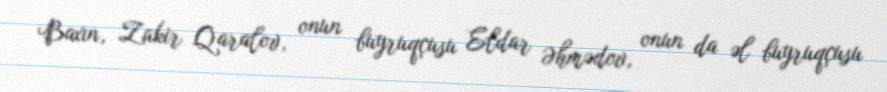
Baxın, Zakir Qaralov, onun buyruqçusu Eldar Əhmədov, onun da əl buyruqçusu